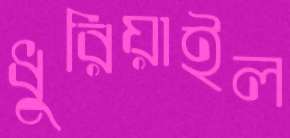
ধুরিয়াইল